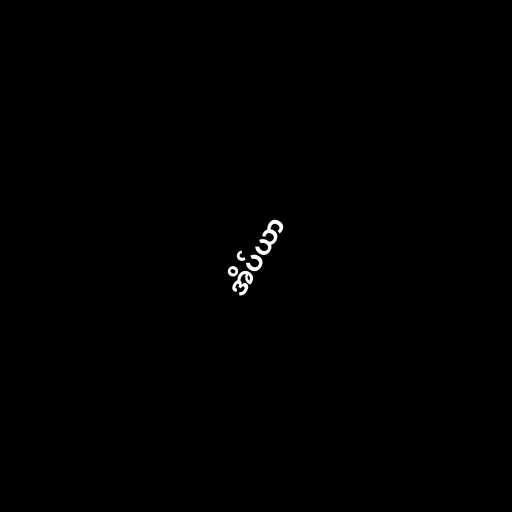
အိပ်ယာ